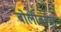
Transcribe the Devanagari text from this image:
बोलीबाषा